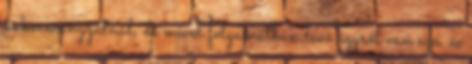
önkormányzatnál, de mivel folyamatban levő ügyről van szó, és